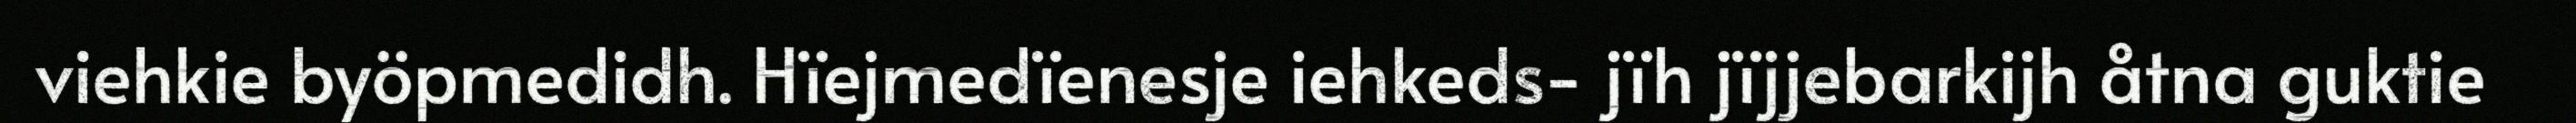
viehkie byöpmedidh. Hïejmedïenesje iehkeds- jïh jïjjebarkijh åtna guktie